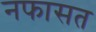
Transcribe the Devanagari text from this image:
नफासत